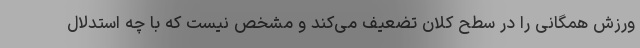
ورزش همگانی را در سطح کلان تضعیف می‌کند و مشخص نیست که با چه استدلال